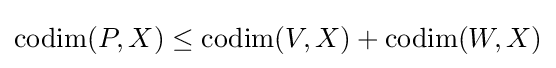
\operatorname {codim} (P,X)\leq \operatorname {codim} (V,X)+\operatorname {codim} (W,X)